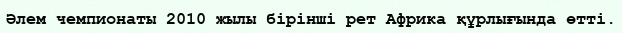
Әлем чемпионаты 2010 жылы бірінші рет Африка құрлығында өтті.